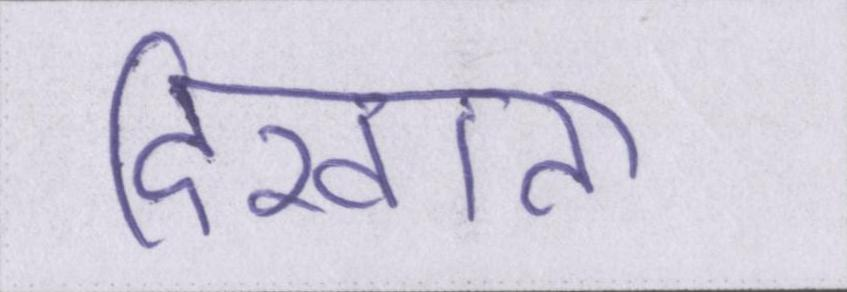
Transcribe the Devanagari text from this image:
दिखाता